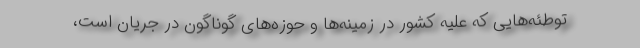
توطئه‌هایی که علیه کشور در زمینه‌ها و حوزه‌های گوناگون در جریان است،